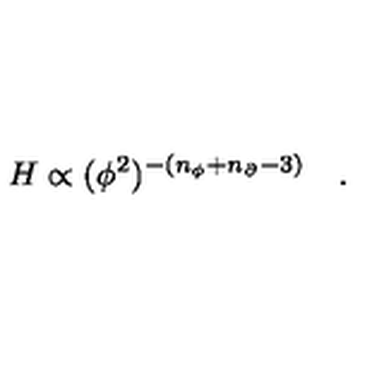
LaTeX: H \propto ( \phi ^ { 2 } ) ^ { - ( n _ { \phi } + n _ { \partial } - 3 ) } \quad .